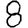
Digit: 8